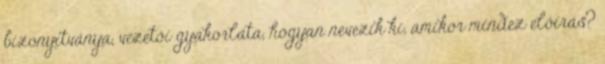
bizonyítványa, vezetői gyakorlata, hogyan nevezik ki, amikor mindez előírás?